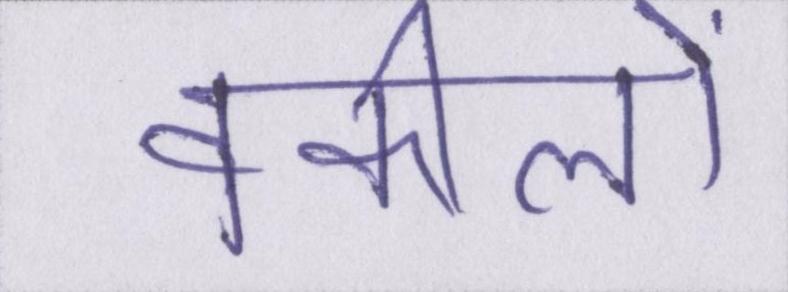
वकीलों